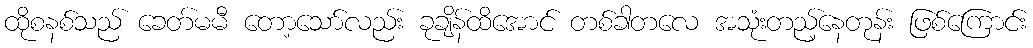
ထိုစနစ်သည် ခေတ်မမီ တော့သော်လည်း ခုချိန်ထိအောင် တစ်ခါတလေ အသုံးတည့်နေတုန်း ဖြစ်ကြောင်း